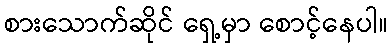
စားသောက်ဆိုင် ရှေ့မှာ စောင့်နေပါ။